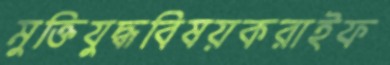
মুক্তিযুদ্ধবিষয়করাইফ